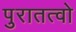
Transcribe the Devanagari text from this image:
पुरातत्वो